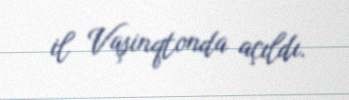
il Vaşinqtonda açıldı.